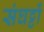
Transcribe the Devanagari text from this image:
संघट्टों